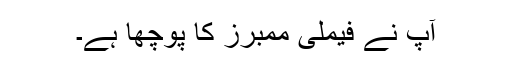
آپ نے فیملی ممبرز کا پوچھا ہے۔